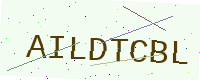
Text: AILDTCBL